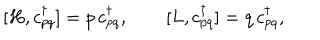
[ H , c _ { p q } ^ { \dagger } ] = p \, c _ { p q } ^ { \dagger } , \qquad [ L , c _ { p q } ^ { \dagger } ] = q \, c _ { p q } ^ { \dagger } ,